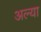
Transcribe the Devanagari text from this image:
अल्या